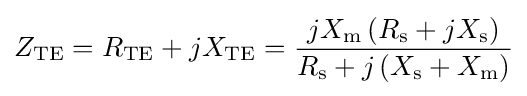
Z_{\text{TE}}=R_{\text{TE}}+jX_{\text{TE}}={\frac {jX_{\text{m}}\left(R_{\text{s}}+jX_{\text{s}}\right)}{R_{\text{s}}+j\left(X_{\text{s}}+X_{\text{m}}\right)}}